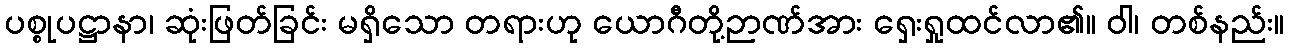
ပစ္စုပဋ္ဌာနာ၊ ဆုံးဖြတ်ခြင်း မရှိသော တရားဟု ယောဂီတို့ဉာဏ်အား ရှေးရှုထင်လာ၏။ ဝါ၊ တစ်နည်း။